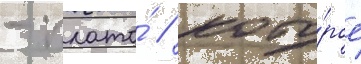
- плато́ / кото́рое